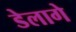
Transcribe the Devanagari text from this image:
डेलागे